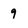
Character: 9